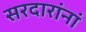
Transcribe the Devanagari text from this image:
सरदारांनां